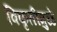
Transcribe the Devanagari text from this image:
विकृतीमुळे